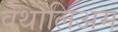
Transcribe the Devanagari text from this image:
वेथोलिअम